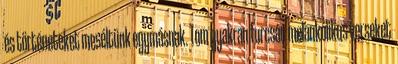
és történeteket meséltünk egymásnak. Tom gyakran furcsán melankólikus verseket